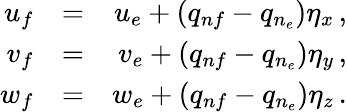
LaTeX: \begin{array}{rlr}{u_{f}}&{=}&{u_{e}+(q_{nf}-q_{n_{e}})\eta_{x}\, \mathrm{,}}\\ {v_{f}}&{=}&{v_{e}+(q_{nf}-q_{n_{e}})\eta_{y}\, \mathrm{,}}\\ {w_{f}}&{=}&{w_{e}+(q_{nf}-q_{n_{e}})\eta_{z}\, \mathrm{.}}\end{array}